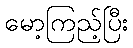
မော့ကြည့်ပြီး